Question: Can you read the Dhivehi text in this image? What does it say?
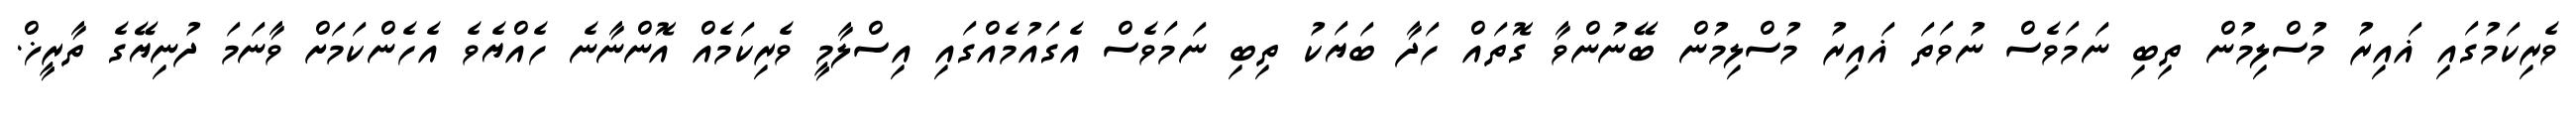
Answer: ވެރިކަމުގައި ޣައިރު މުސްލިމުން ތިބި ނަމަވެސް ނުވަތަ ޣައިރު މުސްލިމުން ބޭނުންވާ ގޮތައް ހަދާ ބަޔަކު ތިބި ނަމަވެސް އެގައުމެއްގައި އިސްލާމީ ވެރިކަމެއް އޮންނާނެ ހެއްޔެވެ އެހެންކަމަށް ވާނަމަ ދުނިޔޭގެ ތާރީޚް.